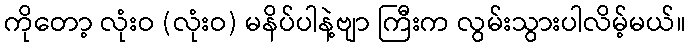
ကိုတော့ လုံးဝ (လုံးဝ) မနိပ်ပါနဲ့ဗျာ ကြီးက လွမ်းသွားပါလိမ့်မယ်။